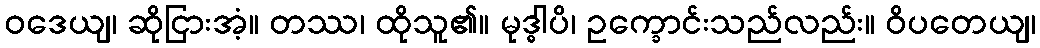
ဝဒေယျ၊ ဆိုငြားအံ့။ တဿ၊ ထိုသူ၏။ မုဒ္ဓါပိ၊ ဥက္ခောင်းသည်လည်း။ ဝိပတေယျ၊